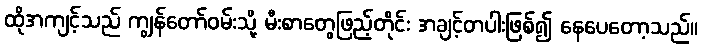
ထိုအကျင့်သည် ကျွန်တော်ဝမ်းသို့ မီးစာတွေဖြည့်တိုင်း အချင့်တပါးဖြစ်၍ နေပေတော့သည်။